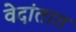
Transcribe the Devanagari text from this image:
वेदांतात